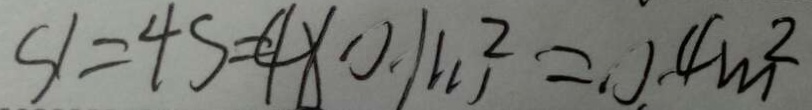
S 1 = 4 s = 4 \times 0 . 1 m ^ { 2 } = 0 . 4 m ^ { 2 }